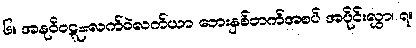
၆။ အနုဝိဝဋ္ဋ=လက်ဝဲလက်ယာ ဘေးနှစ်ဘက်အစပ် အပိုင်းလွှာ၊ ၇။